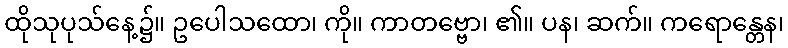
ထိုသုပုသ်နေ့၌။ ဥပေါသထော၊ ကို။ ကာတဗ္ဗော၊ ၏။ ပန၊ ဆက်။ ကရောန္တေန၊